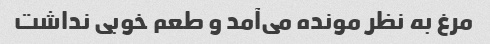
مرغ به نظر مونده می‌آمد و طعم خوبی نداشت